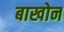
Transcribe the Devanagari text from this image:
बाखोन